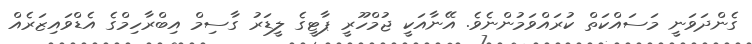
ގެންދަވަނީ މަސައްކަތް ކުރައްވަމުންނެވެ. އޭނާއަކީ ޖުމްހޫރީ ޕާޓީގެ ލީޑަރު ގާސިމް އިބްރާހިމްގެ އެޑްވައިޒަރެއް